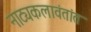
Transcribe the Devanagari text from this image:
नाट्यकलावंतांत